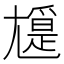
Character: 𡰖